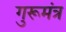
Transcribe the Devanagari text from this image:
गुरूमंत्र